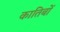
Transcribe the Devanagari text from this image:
कातिबों